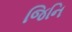
જિનિ